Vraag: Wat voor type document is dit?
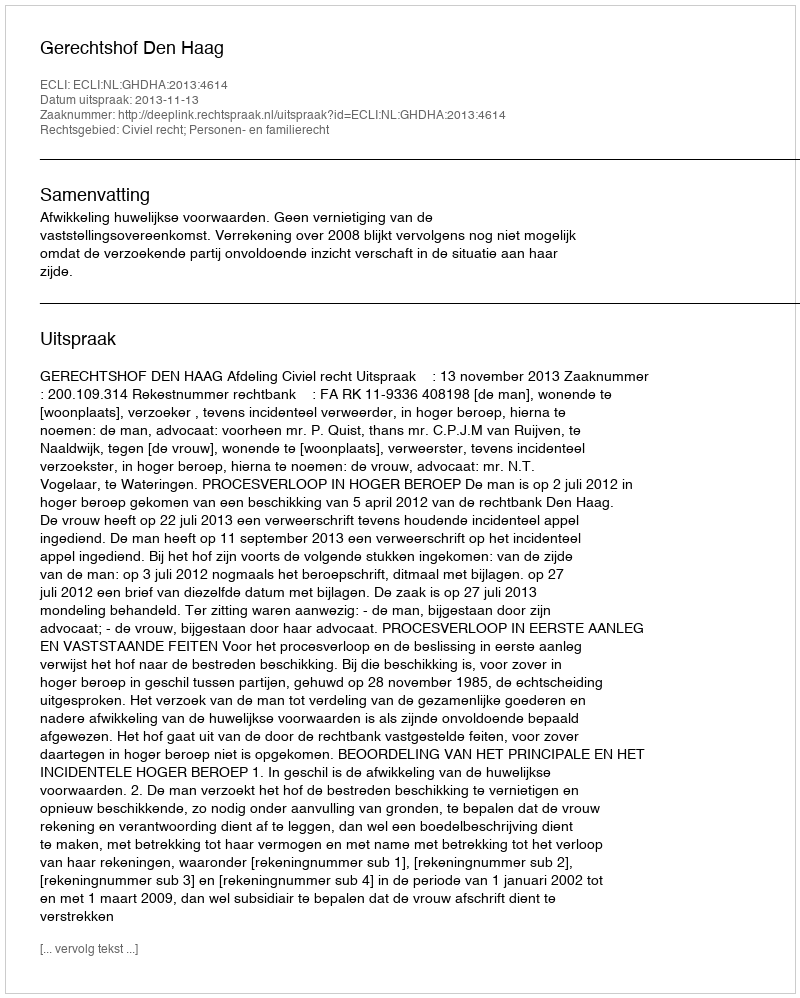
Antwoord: Uitspraak